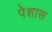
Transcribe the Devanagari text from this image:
पेशास